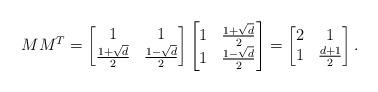
LaTeX: \begin{align*}MM^T = \begin{bmatrix}1&1\\\frac{1+\sqrt{d}}{2}&\frac{1-\sqrt{d}}{2}\end{bmatrix}\begin{bmatrix}1&\frac{1+\sqrt{d}}{2}\\1&\frac{1-\sqrt{d}}{2}\end{bmatrix}=\begin{bmatrix}2&1\\1&\frac{d+1}{2}\end{bmatrix}.\end{align*}